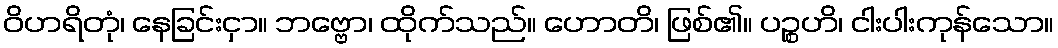
ဝိဟရိတုံ၊ နေခြင်းငှာ။ ဘဗ္ဗော၊ ထိုက်သည်။ ဟောတိ၊ ဖြစ်၏။ ပဉ္စဟိ၊ ငါးပါးကုန်သော။